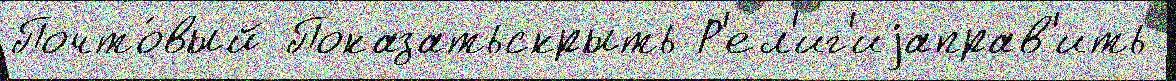
Почто́вый Показатьскрыть Р'ел'иг'иjаправ'ить